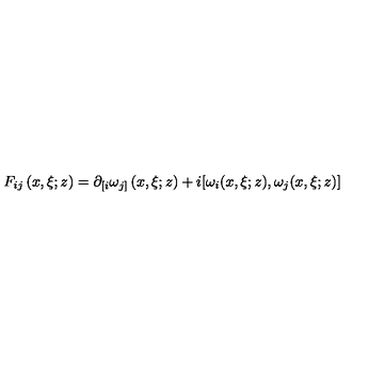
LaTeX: F _ { i j } \left( x , \xi ; z \right) = \partial _ { \lbrack i } \omega _ { j ] } \left( x , \xi ; z \right) + i [ \omega _ { i } ( x , \xi ; z ) , \omega _ { j } ( x , \xi ; z ) ]